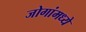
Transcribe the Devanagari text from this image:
जोगांमध्ये